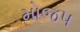
મોજપ